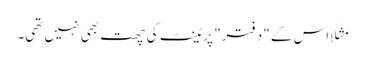
مثلًا اس کے "دفتر" پر ٹینٹ کی چھت بھی نہیں تھی۔